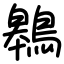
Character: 鷎